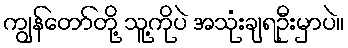
ကျွန်တော်တို့ သူ့ကိုပဲ အသုံးချရဦးမှာပဲ။